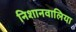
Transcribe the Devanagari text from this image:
निशानवालिया